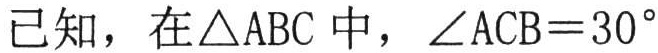
已知，在\(\triangle ABC\)中，\(\angle ACB = 30^{\circ}\)